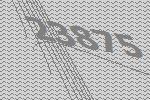
23875